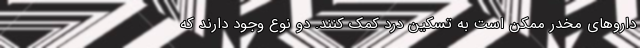
داروهای مخدر ممکن است به تسکین درد کمک کنند. دو نوع وجود دارند که